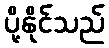
ပို့နိုင်သည်